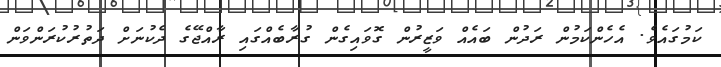
ކަމުގައެވެ. އެހެންކަމުން ރަދުން ބައެއް ވަޒީރުން ގޮވައިގެން ގުރާބެއްގައި ރާއްޖޭގެ ދެކުނަށް ދަތުރުކުރަންވަން